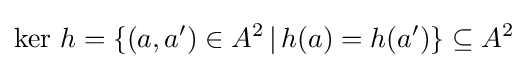
\mathop {\mathrm {ker} } \,h=\{(a,a')\in A^{2}\,|\,h(a)=h(a')\}\subseteq A^{2}